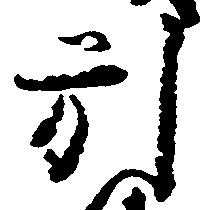
引